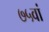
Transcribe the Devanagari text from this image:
७५वां